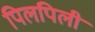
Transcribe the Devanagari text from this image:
पिलपिली